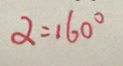
\alpha = 1 6 0 ^ { \circ }